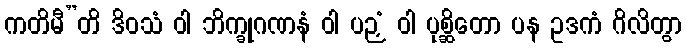
ကတိမီ”တိ ဒိဝသံ ဝါ ဘိက္ခုဂဏနံ ဝါ ပဉှံ ဝါ ပုစ္ဆိတော ပန ဥဒကံ ဂိလိတွာ